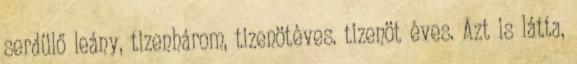
serdülő leány, tizenhárom, tizenötéves. tizenöt éves. Azt is látta,